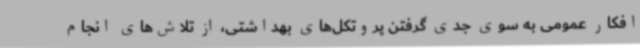
افکار عمومی به سوی جدی گرفتن پروتکل‌های بهداشتی، از تلاش‌های انجام